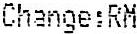
CHANGE:RM